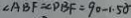
\angle A B F = \angle D B F = 9 0 - 1 . 5 \alpha